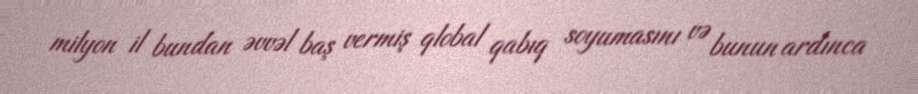
milyon il bundan əvvəl baş vermiş qlobal qabıq soyumasını və bunun ardınca